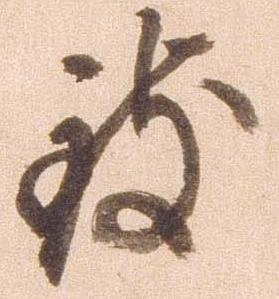
致